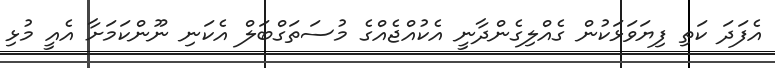
އެފަދަ ކަތި ފިޔަވަޅަކުން ގެއްލިގެންދާނީ އެކުއްޖެއްގެ މުސަތަގްބަލް އެކަނި ނޫންކަމަށާ އެއީ މުޅި